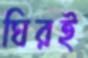
ঘিরই